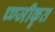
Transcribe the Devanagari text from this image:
प्ण्जीकृत